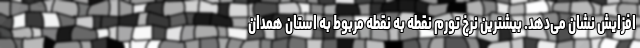
افزایش نشان می‌دهد. بیشترین نرخ تورم نقطه به نقطه مربوط به استان همدان